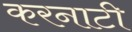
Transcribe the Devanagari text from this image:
करनाटी